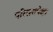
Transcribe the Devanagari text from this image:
परिसरापेक्षा